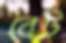
বেট